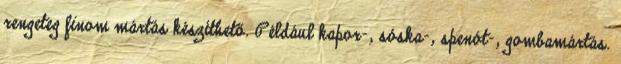
rengeteg finom mártás készíthető. Például kapor-, sóska-, spenót-, gombamártás.